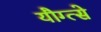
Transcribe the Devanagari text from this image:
यौग्त्से